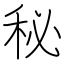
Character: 秘